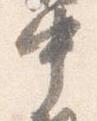
中